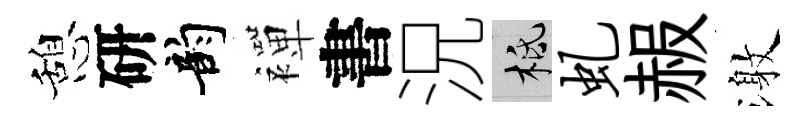
憩研韵襌書況柢虬赧激